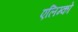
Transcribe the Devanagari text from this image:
एलिम्को